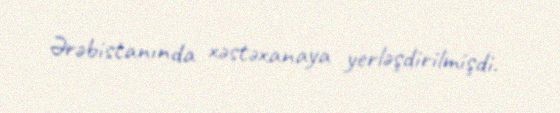
Ərəbistanında xəstəxanaya yerləşdirilmişdi.